Annual returns of the Patna Lunatic Asylum at Bankipore in Bihar and Orissa - 1912-1924
Year: 1912
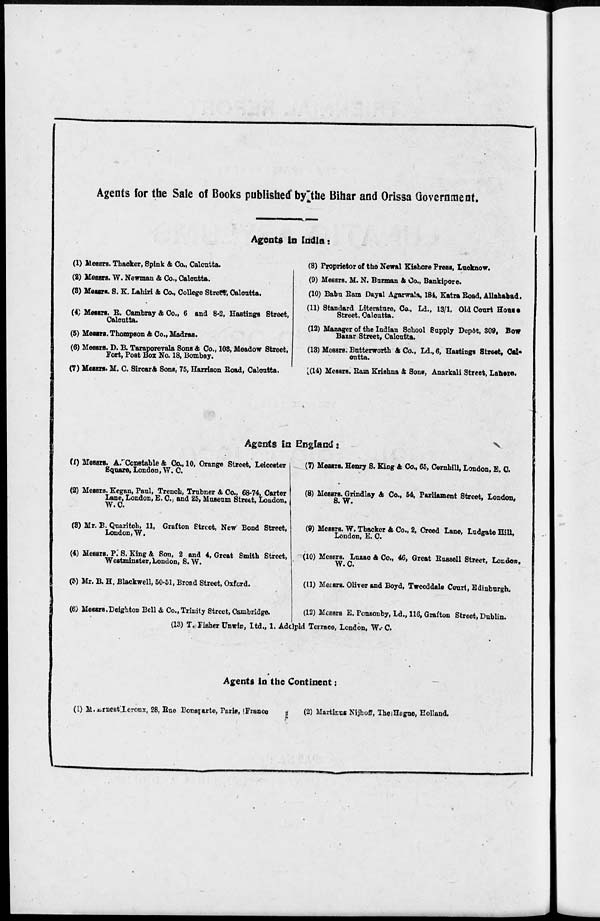
Agents for the Sale of Books published by the Bihar and Orissa Government.
Agents in India.
(1) Messrs. Thacker, Spink &Co., Calcutta.
(2) Messrs. W. Newman & Co., Calcutta.
(3) Messrs. S. K. Lahiri & Co., College Street, Calcutta.
(4) Messrs. R. Cambray & Co., 6 and 8-2, Hastings Street,
Calcutta.
(5) Messrs. Thompson & Co., Madras.
(6) Messrs. D. B. Taraplorvala Sons & Co., 108, Meadow Street,
Fort, Post Box No. 18, Bombay.
(7) Messrs. M. C. Siroar & Sons, 75, Harrison Road, Calcutta.
(8) Proprietor of the Newal Kishore Press, Lucknow.
(9) Messrs. M. N. Burman & Co., Bankipore.
(10) Babu Ram Dayal Agarwala, 184, Katra Road, Allahabad.
(11) Standard Literature, Co., Ld., 13/1, Old Court House
Street. Calcutta.
(12) Manager of the Indian School Supply Depôt, 809, Bow
Bazar Street, Calcutta.
(13) Messrs. Butterworth & Co., Ld.,6, Hasting Street, Cal¬
cutta.
(14) Messrs. Ram Krishna & Sons, Anarkali Street, Lahore.
Agents In England:
(1) Messrs. A.Constable & Co, 10, Orange Street, Leicester
Square, London, W. C.
(2) Messrs. Kegan, Paul, Trench, Trubner 4 Co., 68-74, Carter
Lane, London, E. C., and 25, Museum Street, London.
W.C.
(3) Mr. B. Quaritch, 11, Grafton Street, New Bond Street,
London, W.
(4) Messrs. P. S. King 4 Son, 2 and 4, Great Smith Street,
Westminster, London, S. W.
(5) Mr. B. H. Blackwell, 50-51, Broad Street, Oxford.
(6) Messrs.Deighton Bell 4 Co., Trinity Street, Cambridge.
(7) Messrs. Henry S. King 4 Co., 65, Cornhill, London, E. C.
(8) Messrs. Grindlay 4 Co., 54, Parliament Street, London,
S. W.
(9) Messrs. W. Thacker & Co., 2, Creed Lane, Ludgate Hill,
London, E. C.
(10) Messrs. Luzac & Co., 46, Great Russell Street. London
W.C.
(11) Mecsrs. Oliver and Boyd, Tweeddale Court, Edinburgh,
(12) Messrs E. Ponsonby, Ld., 116, Grafton Street, Dublin.
(13) T. Fisher Unwin, Ltd., 1. Adelphi Terrace, London, W.- C.
Agents In the Continent:
(1) M. Ernest Leroux, 28, Rue Bonaparte, Paris, France
(2) Martinus Nijhoff, The Hague, Holland.